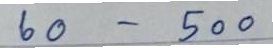
60 - 500